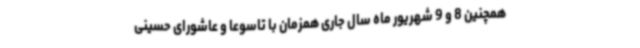
همچنین 8 و 9 شهریور ماه سال جاری همزمان با تاسوعا و عاشورای حسینی